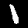
Digit: 1